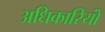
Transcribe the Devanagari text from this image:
अधिकारियोंं